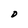
Character: D